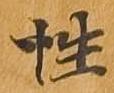
性